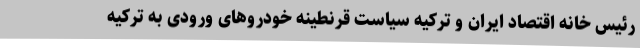
رئیس خانه اقتصاد ایران و ترکیه سیاست قرنطینه خودروهای ورودی به ترکیه